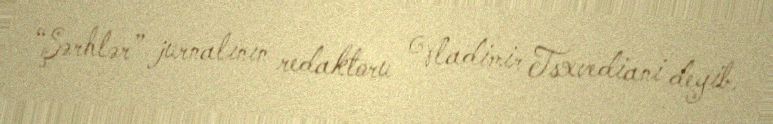
“Şərhlər” jurnalının redaktoru Vladimir Tsxvediani deyib.